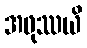
အဖုဿယိ